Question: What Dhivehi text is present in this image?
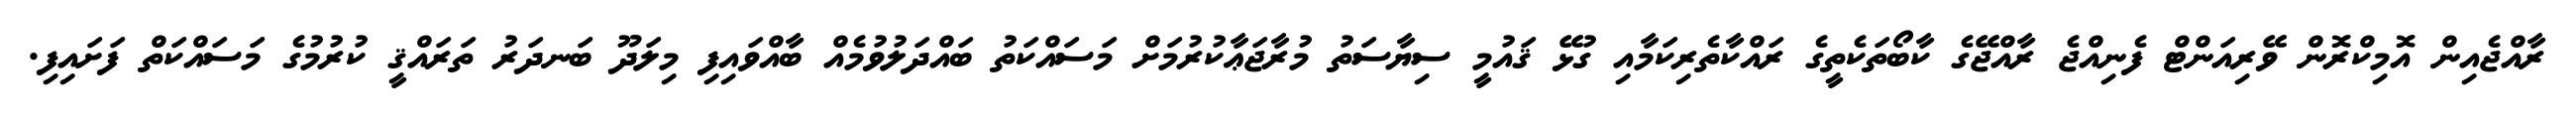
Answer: ރާއްޖެއިން އޮމިކްރޮން ވޭރިއަންޓް ފެނިއްޖެ ރާއްޖޭގެ ކާބޯތަކެތީގެ ރައްކާތެރިކަމާއި ގުޅޭ ޤައުމީ ސިޔާސަތު މުރާޖަޢާކުރުމަށް މަސައްކަތު ބައްދަލުވުމެއް ބާއްވައިފި މިލަދޫ ބަނދަރު ތަރައްޤީ ކުރުމުގެ މަސައްކަތް ފަށައިފި.